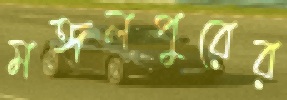
মঙ্গলপুরের